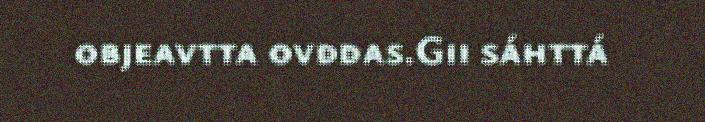
objeavtta ovddas.Gii sáhttá